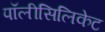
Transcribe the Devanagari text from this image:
पॉलीसिलिकेट